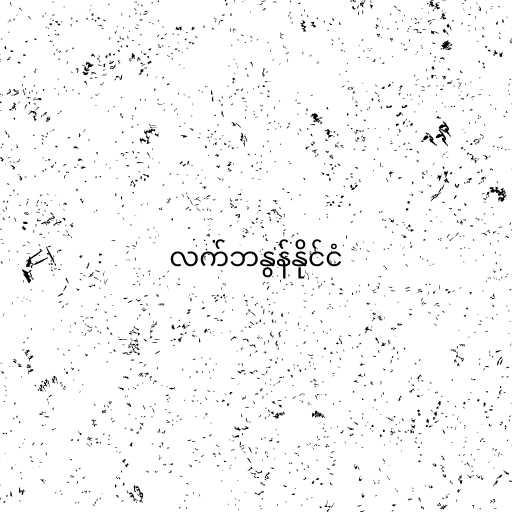
လက်ဘနွန်နိုင်ငံ